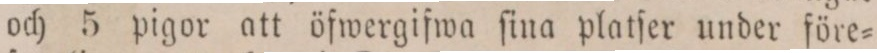
och 5 pigor att öfwergifwa ſina platſer under före=